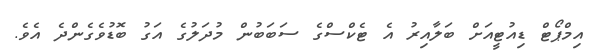
އިމްޕޯޓް ޑިއުޓީއަށް ބަލާއިރު އެ ޓެކްސްގެ ސަބަބުން މުދަލުގެ އަގު ބޮޑުވެގެންދެ އެވެ.